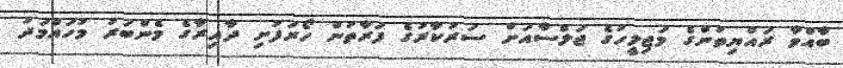
ބާއްވާ ރައްޔިތުންގެ މަޖިލީހުގެ ޖަލްސާއަށް ސަރުކާރުގެ ފަރާތުން ހޯރަފުށި ދާއިރާގެ މެންބަރު މުހައްމަދު